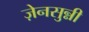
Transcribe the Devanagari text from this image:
ज़ेनसुन्नी